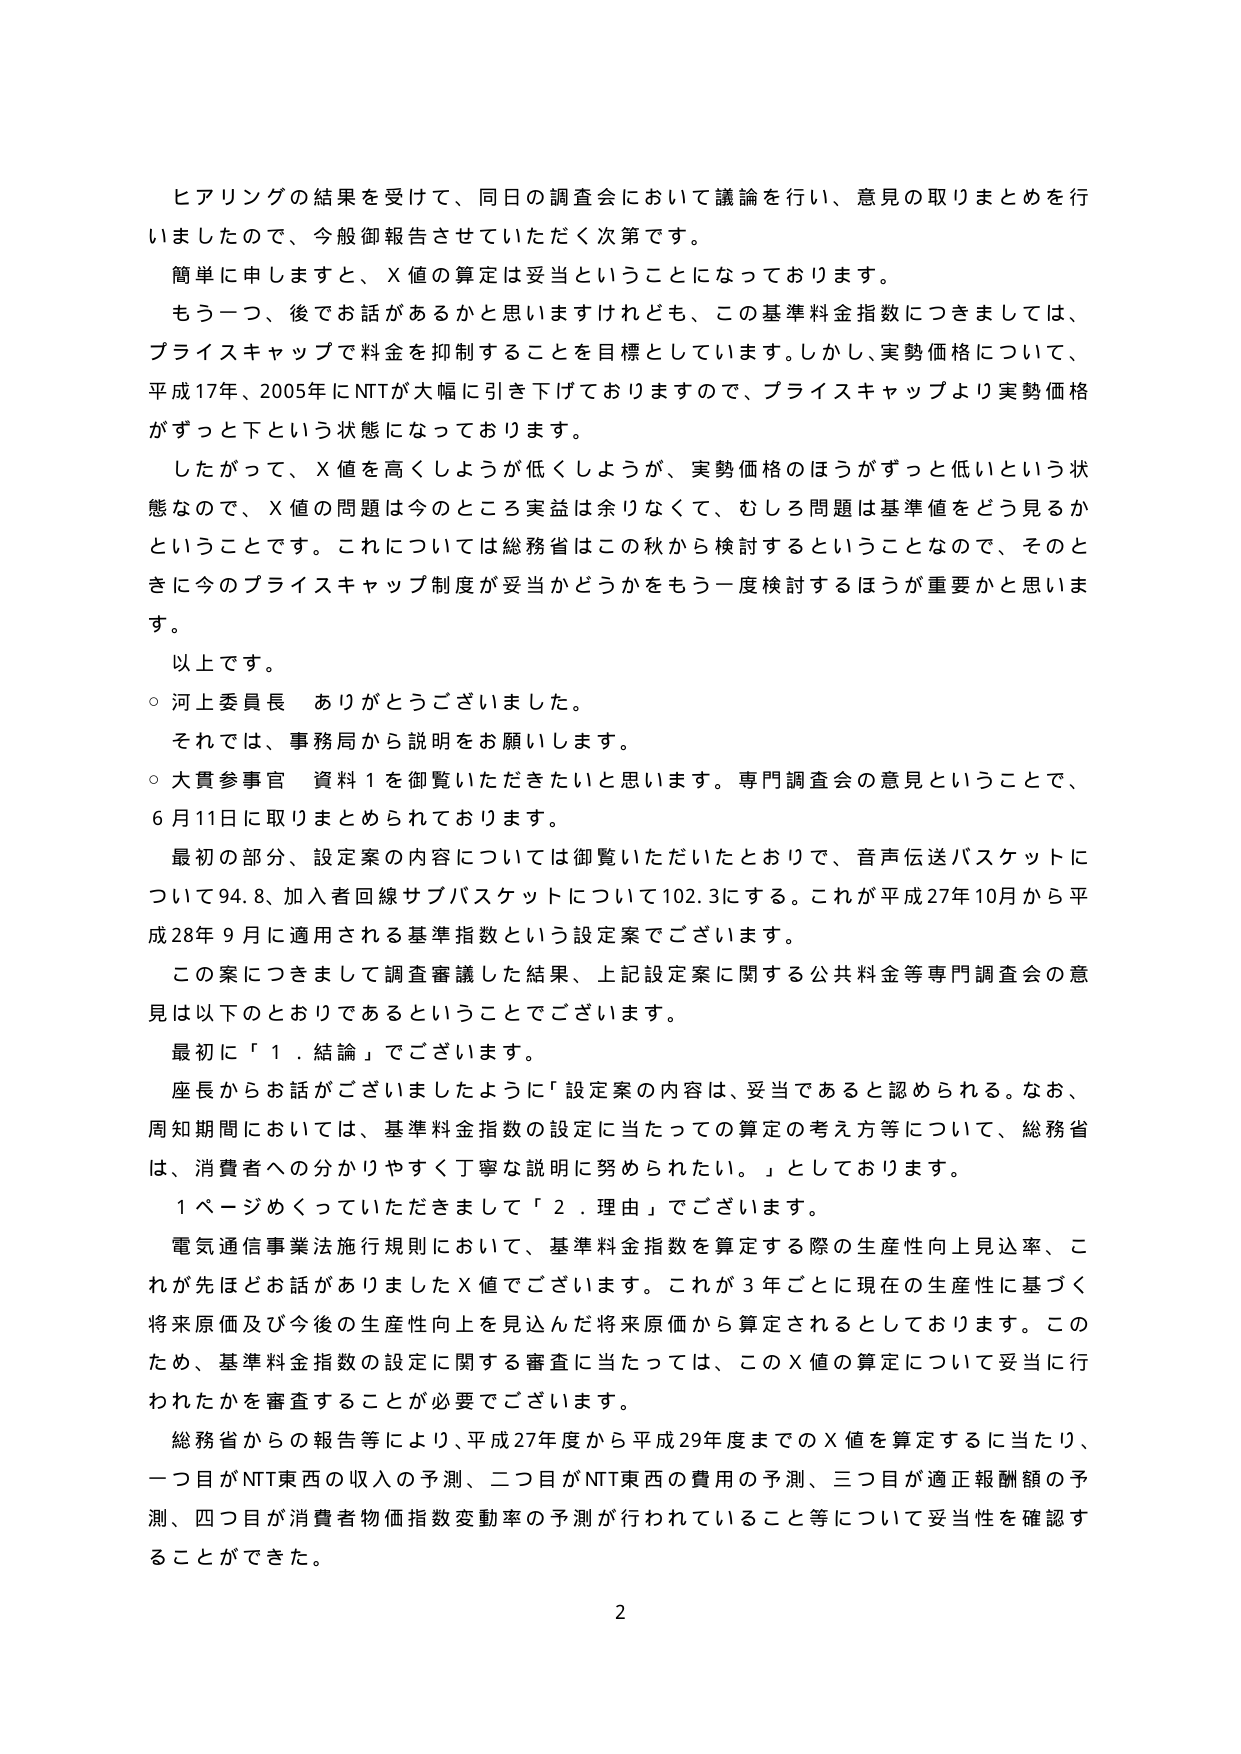
ヒアリングの結果を受けて、同日の調査会において議論を行い、意見の取りまとめを行いましたので、今般御報告させていただく次第です。

簡単に申しますと、Ｘ値の算定は妥当ということになっております。

もう一つ、後でお話があるかと思いますけれども、この基準料金指数につきましては、プライスキャップで料金を抑制することを目標としています。しかし、実勢価格について、平成17年、2005年にNTTが大幅に引き下げておりますので、プライスキャップより実勢価格がずっと下という状態になっております。

したがって、Ｘ値を高くしようが低くしようが、実勢価格のほうがずっと低いという状態なので、Ｘ値の問題は今のところ実益は余りなくて、むしろ問題は基準値をどう見るかということです。これについては総務省はこの秋から検討するということなので、そのときに今のプライスキャップ制度が妥当かどうかをもう一度検討するほうが重要かと思います。

以上です。

○ 河上委員長 ありがとうございました。

それでは、事務局から説明をお願いします。

○ 大貫参事官 資料１を御覧いただきたいと思います。専門調査会の意見ということで、6月11日に取りまとめられております。

最初の部分、設定案の内容については御覧いただいたとおりで、音声伝送バスケットについて94.8、加入者回線サブバスケットについて102.3にする。これが平成27年10月から平成28年9月に適用される基準指数という設定案でございます。

この案につきまして調査審議した結果、上記設定案に関する公共料金等専門調査会の意見は以下のとおりであるということでございます。

最初に「１．結論」でございます。

座長からお話がございましたように「設定案の内容は、妥当であると認められる。なお、周知期間においては、基準料金指数の設定に当たっての算定の考え方等について、総務省は、消費者への分かりやすく丁寧な説明に努められたい。」としております。

１ページめくっていただきますと「２．理由」でございます。

電気通信事業法施行規則において、基準料金指数を算定する際の生産性向上見込率、これが先ほどお話がありましたＸ値でございます。これが3年ごとに現在の生産性に基づく将来原価及び今後の生産性向上を見込んだ将来原価から算定されるとしております。このため、基準料金指数の設定に関する審査に当たっては、このＸ値の算定について妥当に行われたかを審査することが必要でございます。

総務省からの報告等により、平成27年度から平成29年度までのＸ値を算定するに当たり、一つ目がNTT東西の収入の予測、二つ目がNTT東西の費用の予測、三つ目が適正報酬額の予測、四つ目が消費者物価指数変動率の予測が行われていること等について妥当性を確認することができた。

2